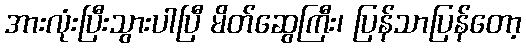
အားလုံးပြီးသွားပါပြီ မိတ်ဆွေကြီး၊ ပြန်သာပြန်တော့